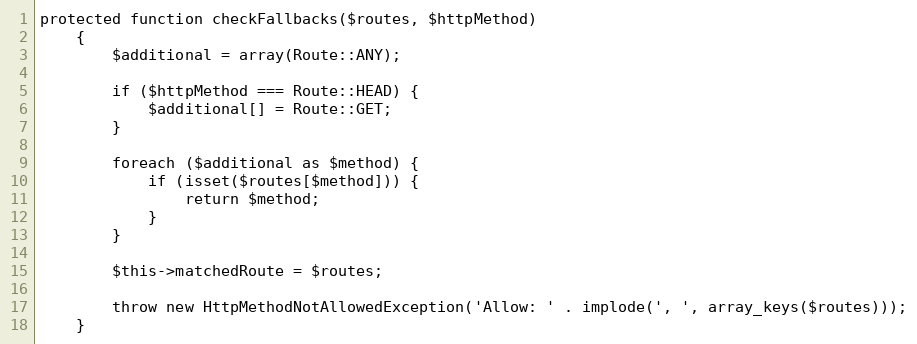
Language: PHP
protected function checkFallbacks($routes, $httpMethod)
    {
        $additional = array(Route::ANY);

        if ($httpMethod === Route::HEAD) {
            $additional[] = Route::GET;
        }

        foreach ($additional as $method) {
            if (isset($routes[$method])) {
                return $method;
            }
        }

        $this->matchedRoute = $routes;

        throw new HttpMethodNotAllowedException('Allow: ' . implode(', ', array_keys($routes)));
    }